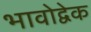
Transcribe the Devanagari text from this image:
भावोद्वेक